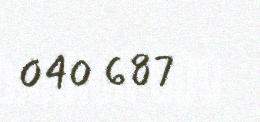
040 687